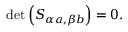
\operatorname * { d e t } \left( S _ { \alpha a , \beta b } \right) = 0 .